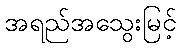
အရည်အသွေးမြင့်